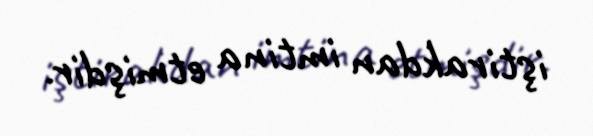
iştirakdan imtina etmişdir.